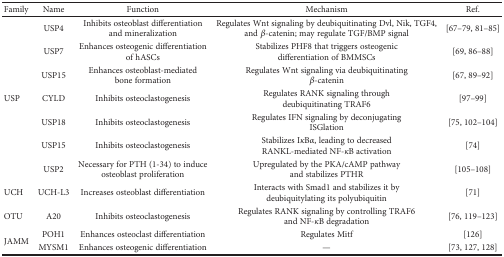
| Family | Name | Function | Mechanism | Ref. |
 | --- | --- | --- | --- | --- |
 | <ROWSPAN=7> USP | USP4 | Inhibits osteoblast differentiation and mineralization | Regulates Wnt signaling by deubiquitinating Dvl, Nik, TGF4, and β-catenin; may regulate TGF/BMP signal | [67–79, 81–85] |
 | USP7 | Enhances osteogenic differentiation of hASCs | Stabilizes PHF8 that triggers osteogenic differentiation of BMMSCs | [69, 86–88] |
 | USP15 | Enhances osteoblast-mediated bone formation | Regulates Wnt signaling via deubiquitinating β-catenin | [67, 89–92] |
 | CYLD | Inhibits osteoclastogenesis | Regulates RANK signaling through deubiquitinating TRAF6 | [97–99] |
 | USP18 | Inhibits osteoclastogenesis | Regulates IFN signaling by deconjugating ISGlation | [75, 102–104] |
 | USP15 | Inhibits osteoclastogenesis | Stabilizes IκBα, leading to decreased RANKL-mediated NF-κB activation | [74] |
 | USP2 | Necessary for PTH (1-34) to induce osteoblast proliferation | Upregulated by the PKA/cAMP pathway and stabilizes PTHR | [105–108] |
 | UCH | UCH-L3 | Increases osteoblast differentiation | Interacts with Smad1 and stabilizes it by deubiquitylating its polyubiquitin | [71] |
 | OTU | A20 | Inhibits osteoclastogenesis | Regulates RANK signaling by controlling TRAF6 and NF-κB degradation | [76, 119–123] |
 | <ROWSPAN=2> JAMM | POH1 | Enhances osteoclast differentiation | Regulates Mitf | [126] |
 | MYSM1 | Enhances osteogenic differentiation | — | [73, 127, 128] |